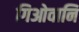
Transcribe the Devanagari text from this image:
गिओवानि